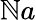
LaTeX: \mathbb{N}a